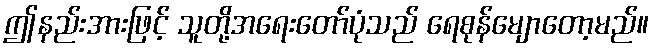
ဤနည်းအားဖြင့် သူတို့အရေးတော်ပုံသည် ရေစုန်မျောတော့မည်။